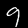
Digit: 9